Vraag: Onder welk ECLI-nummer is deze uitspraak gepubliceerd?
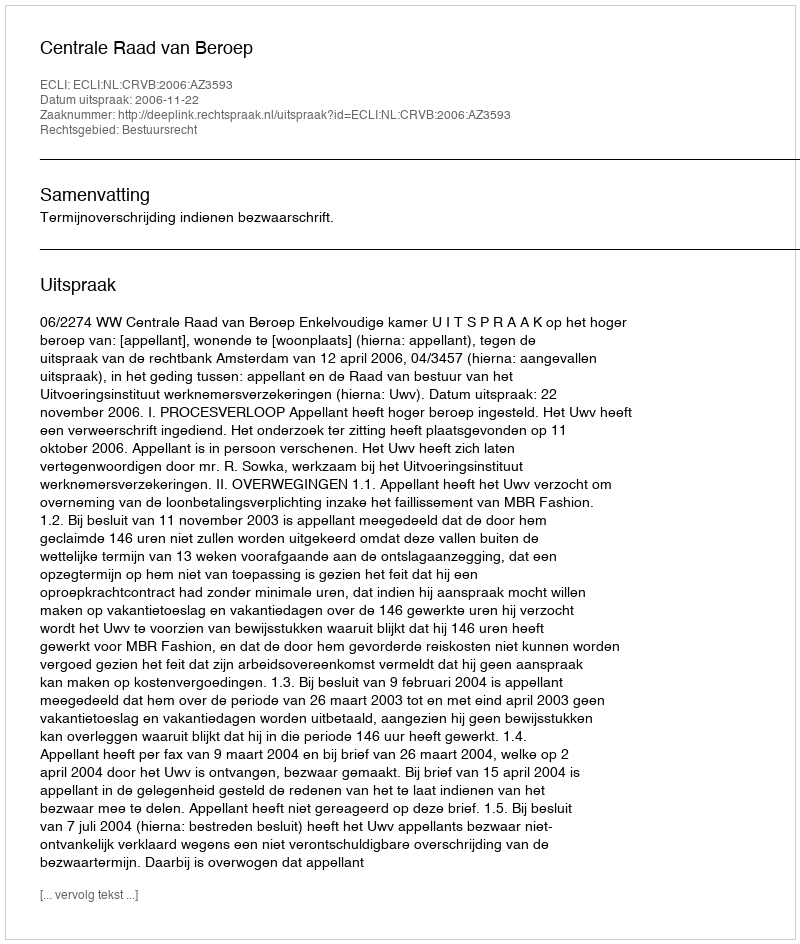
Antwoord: ECLI:NL:CRVB:2006:AZ3593